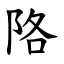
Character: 䧄